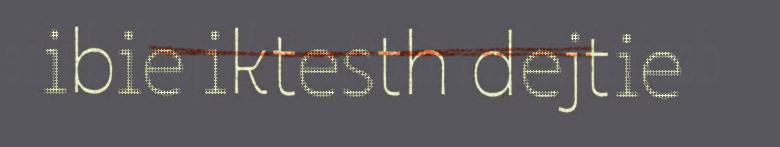
ibie iktesth dejtie